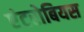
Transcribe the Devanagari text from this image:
एंटरोबियस